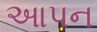
આપન